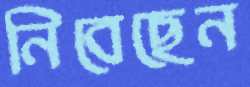
নিবেছেন